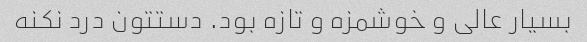
بسیار عالی و خوشمزه و تازه بود. دستتون درد نکنه